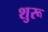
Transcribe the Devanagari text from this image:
शुरू